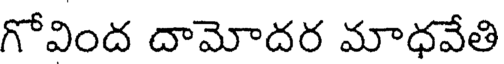
గోవింద దామోదర మాధవేతి